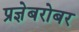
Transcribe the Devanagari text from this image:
प्रज्ञेबरोबर